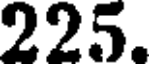
225.